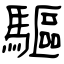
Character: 驅